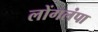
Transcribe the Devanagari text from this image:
लोंगलंपा